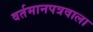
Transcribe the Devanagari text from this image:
वर्तमानपत्रवाला